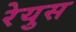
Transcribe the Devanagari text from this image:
रेयुस